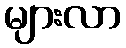
များလာ